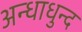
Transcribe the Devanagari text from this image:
अन्धाधुन्द